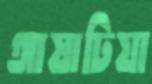
আষাঢ়িয়া